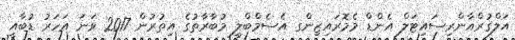
އަލްޤުރްއާންރިސައިޓަލް އެންޑް މެމޮރައިޒިންގ އެސެމްބްލީ މުބާރާތުގެ އިތުރުން 2017 ވަނަ އަހަރު ޑުބާއީ